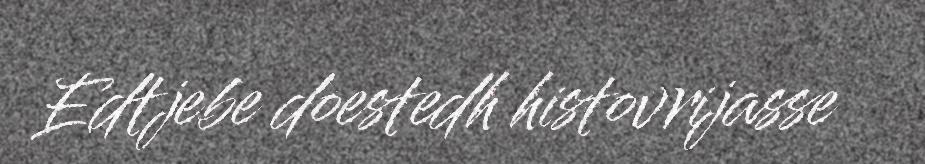
Edtjebe doestedh histovrijasse